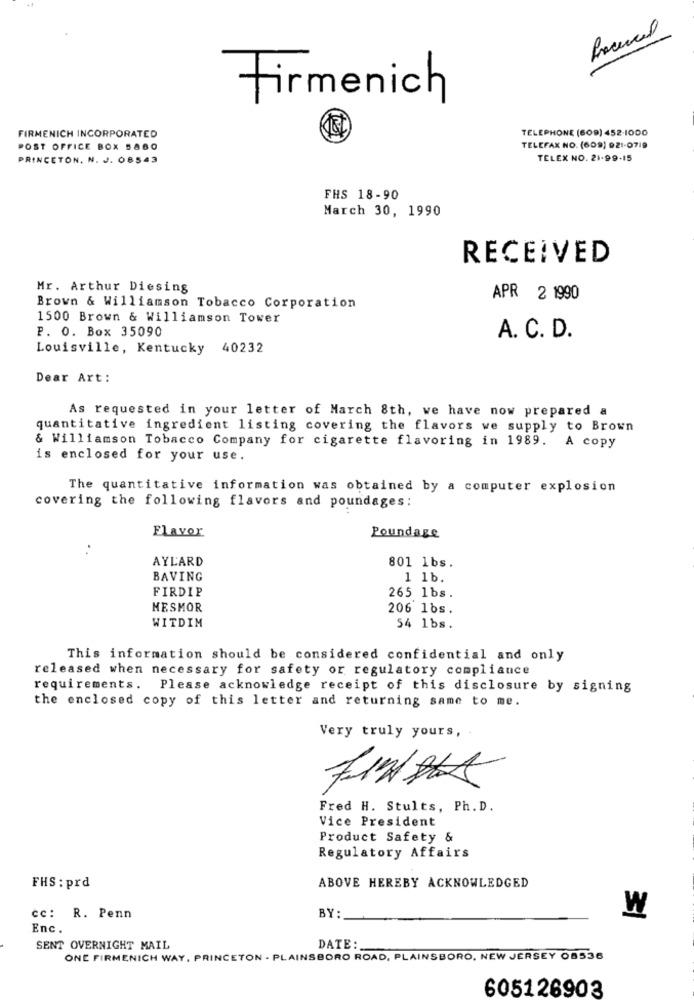
Firmenich
FIRMENICH INCORPORATED
TELEPHONE (609) 452-1000
POST OFFICE BOX 5880
TELEFAX NO. (609) 921-0719
PRINCETON, N. J. 08543
TELEX NO. 21-99-15
FHS 18-90
March 30, 1990
RECEIVED
Mr. Arthur Diesing
APR 2 1990
Brown & Williamson Tobacco Corporation
1500 Brown & Williamson Tower
P. O. Box 35090
A. C. D.
Louisville, Kentucky 40232
Dear Art:
As requested in your letter of March 8th, we have now prepared a
quantitative ingredient listing covering the flavors we supply to Brown
& Williamson Tobacco Company for cigarette flavoring in 1989. A copy
is enclosed for your use.
The quantitative information was obtained by a computer explosion
covering the following flavors and poundages:
Flavor
Poundage
.
AYLARD
801 1bs.
BAVING
1 1b.
FIRDIP
265 1bs.
MESMOR
206 1bs.
WITDIM
54 1bs.
This information should be considered confidential and only
released when necessary for safety or regulatory compliance
requirements. Please acknowledge receipt of this disclosure by signing
the enclosed copy of this letter and returning same to me.
Very truly yours,
Fred H. Stults, Ph. D.
Vice President
Product Safety &
Regulatory Affairs
FHS : prd
ABOVE HEREBY ACKNOWLEDGED
W
cc:
R. Penn
BY:
Enc.
SENT OVERNIGHT MAIL
DATE:
ONE FIRMENICH WAY, PRINCETON - PLAINSBORO ROAD, PLAINSBORO, NEW JERSEY 08536
605126903